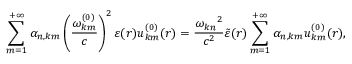
\sum _ { m = 1 } ^ { + \infty } \alpha _ { n , \boldsymbol { k } m } \left( \frac { \omega _ { \boldsymbol { k } m } ^ { ( 0 ) } } { c } \right) ^ { 2 } \varepsilon ( \boldsymbol { r } ) u _ { \boldsymbol { k } m } ^ { ( 0 ) } ( \boldsymbol { r } ) = \frac { \omega _ { \boldsymbol { k } n } { } ^ { 2 } } { c ^ { 2 } } \tilde { \varepsilon } ( \boldsymbol { r } ) \sum _ { m = 1 } ^ { + \infty } \alpha _ { n , \boldsymbol { k } m } u _ { \boldsymbol { k } m } ^ { ( 0 ) } ( \boldsymbol { r } ) ,